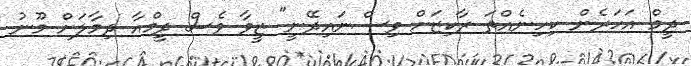
ދީމް އަހަރެން ކިހިނެއްތަ ރާކިޒަށް ވިސްނައިދޭނީ" ޒީވާ ވެސް ދީމްއާ ދިމާލަށް މޫނު